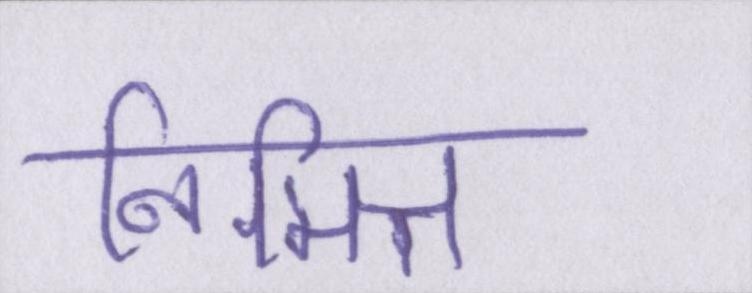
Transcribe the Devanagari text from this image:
निमित्त